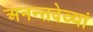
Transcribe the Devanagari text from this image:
अनन्तदेव्यां